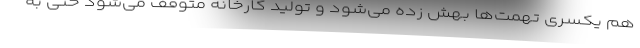
هم یکسری تهمت‌ها بهش زده می‌شود و تولید کارخانه متوقف می‌شود حتی به